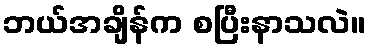
ဘယ်အချိန်က စပြီးနာသလဲ။